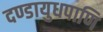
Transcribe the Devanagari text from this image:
दण्डायुधपाणि